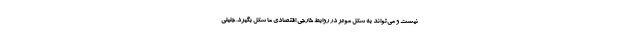
نیست و می‌تواند به شکل موثر در روابط خارجی اقتصادی ما شکل بگیرد. جلیلی